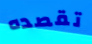
تقصده